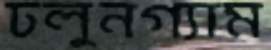
ঢলুনগ্যাম